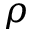
\boldsymbol { \rho }